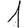
Digit: 1